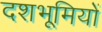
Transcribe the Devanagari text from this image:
दशभूमियों